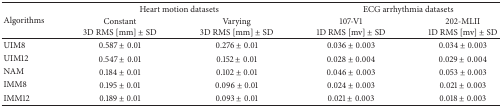
| <ROWSPAN=2> Algorithms | <COLSPAN=2> Heart motion datasets | <COLSPAN=2> ECG arrhythmia datasets |
 | Constant3D RMS [mm] ± SD | Varying3D RMS [mm] ± SD | 107-V11D RMS [mv] ± SD | 202-MLII1D RMS [mv] ± SD |
 | --- | --- | --- | --- | --- |
 | UIM8 | 0.587 ± 0.01 | 0.276 ± 0.01 | 0.036 ± 0.003 | 0.034 ± 0.003 |
 | UIM12 | 0.547 ± 0.01 | 0.152 ± 0.01 | 0.028 ± 0.004 | 0.029 ± 0.004 |
 | NAM | 0.184 ± 0.01 | 0.102 ± 0.01 | 0.046 ± 0.003 | 0.053 ± 0.003 |
 | IMM8 | 0.195 ± 0.01 | 0.096 ± 0.01 | 0.024 ± 0.003 | 0.021 ± 0.003 |
 | IMM12 | 0.189 ± 0.01 | 0.093 ± 0.01 | 0.021 ± 0.003 | 0.018 ± 0.003 |